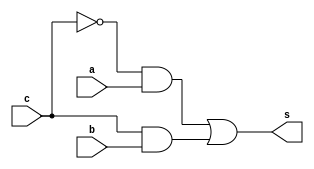
// ------------------------- 
// Exemplo0034 - F4 
// Nome: Jos Ferreira Reis Fonseca
// ------------------------- 
// ------------------------- 
// op1b 
// ------------------------- 
module op1b (output s, 
input a, 
input b, 
input c); 
// --descrio
wire s1, s2;

and and1 (s1, ~c, a);
and and2 (s2, c, b);
or or1 (s, s1, s2);

endmodule // op1b 
// ------------------------- 
// ------------------------- 
// op4b 
// ------------------------- 
module op4b (output [3:0] s, 
input [3:0] a, 
input [3:0] b,
input c); 
// --descrio

op1b op1 (s[0], a[0], b[0], c);
op1b op2 (s[1], a[1], b[1], c);
op1b op3 (s[2], a[2], b[2], c);
op1b op4 (s[3], a[3], b[3], c);

endmodule // op4b 
// -------------------------
// ------------------------- 
// SelI1b 
// ------------------------- 
module selI1b (output s, 
input a, 
input c); 
// --descrio
xor xor1 (s, a, c);
endmodule // selI1b 
// -------------------------  
// ------------------------- 
// SelI4b 
// ------------------------- 
module selI4b (output [3:0] s, 
input [3:0] a, 
input c); 
// --descrio
xor xor0 (s[0], a[0], c);
xor xor1 (s[1], a[1], c);
xor xor2 (s[2], a[2], c);
xor xor3 (s[3], a[3], c);
endmodule // selI4b 
// ------------------------- 
// ------------------------- 
// f4_gate 
// ------------------------- 
module f4 (output [3:0] s,
output [3:0] ns,
input [3:0] a, 
input [3:0] b,
input c); 
// -- descrio
wire [3:0] fioXOR, fioOR, fioOOUT, fioNOUT;

xor xor1 (fioXOR[0], a[0], b[0]);
xor xor2 (fioXOR[1], a[1], b[1]);
xor xor3 (fioXOR[2], a[2], b[2]);
xor xor4 (fioXOR[3], a[3], b[3]);

or or1 (fioOR[0], a[0], b[0]);
or or2 (fioOR[1], a[1], b[1]);
or or3 (fioOR[2], a[2], b[2]);
or or4 (fioOR[3], a[3], b[3]);

op4b op1 (s, fioOR, fioXOR, c);

assign ns = ~s;

endmodule // f4 
// ------------------------- 
module test_f4; 
// ------------------------- definir dados 
reg [3:0] x; 
reg [3:0] y; 
reg c;
wire [3:0] z1, z2; 
f4 modulo (z1, z2, x, y, c); 
// ------------------------- parte principal 
initial begin 
$display("Exemplo0034 - Jose Ferreira Reis Fonseca - 405808"); 
$display("Test LU's module"); 
x = 4'b0011; y = 4'b0101; c=0;
// projetar testes do modulo 
#1 $monitor("%3b %3b option: %1b == %3b also %3b",x,y,c,z1,z2); 
#1 c=1;
#1 x = 4'b1010; y = 4'b1101; c=0;
#1 x = 4'b1010; y = 4'b1101; c=1;
#1 x = 4'b1111; y = 4'b1111; c=0;
#1 x = 4'b1111; y = 4'b1111; c=1;
#1 x = 4'b0000; y = 4'b0000; c=0;
#1 x = 4'b0000; y = 4'b0000; c=1;
#1 x = 4'b1010; y = 4'b0101; c=0;
#1 x = 4'b1010; y = 4'b0101; c=1;
end 
endmodule // test_f4